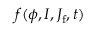
f ( \phi , I , J _ { \mathrm { f } } , t )